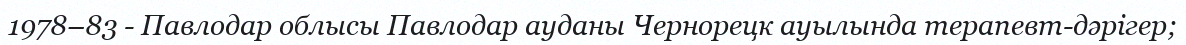
1978–83 - Павлодар облысы Павлодар ауданы Чернорецк ауылында терапевт-дәрігер;